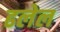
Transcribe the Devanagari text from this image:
ढलेल